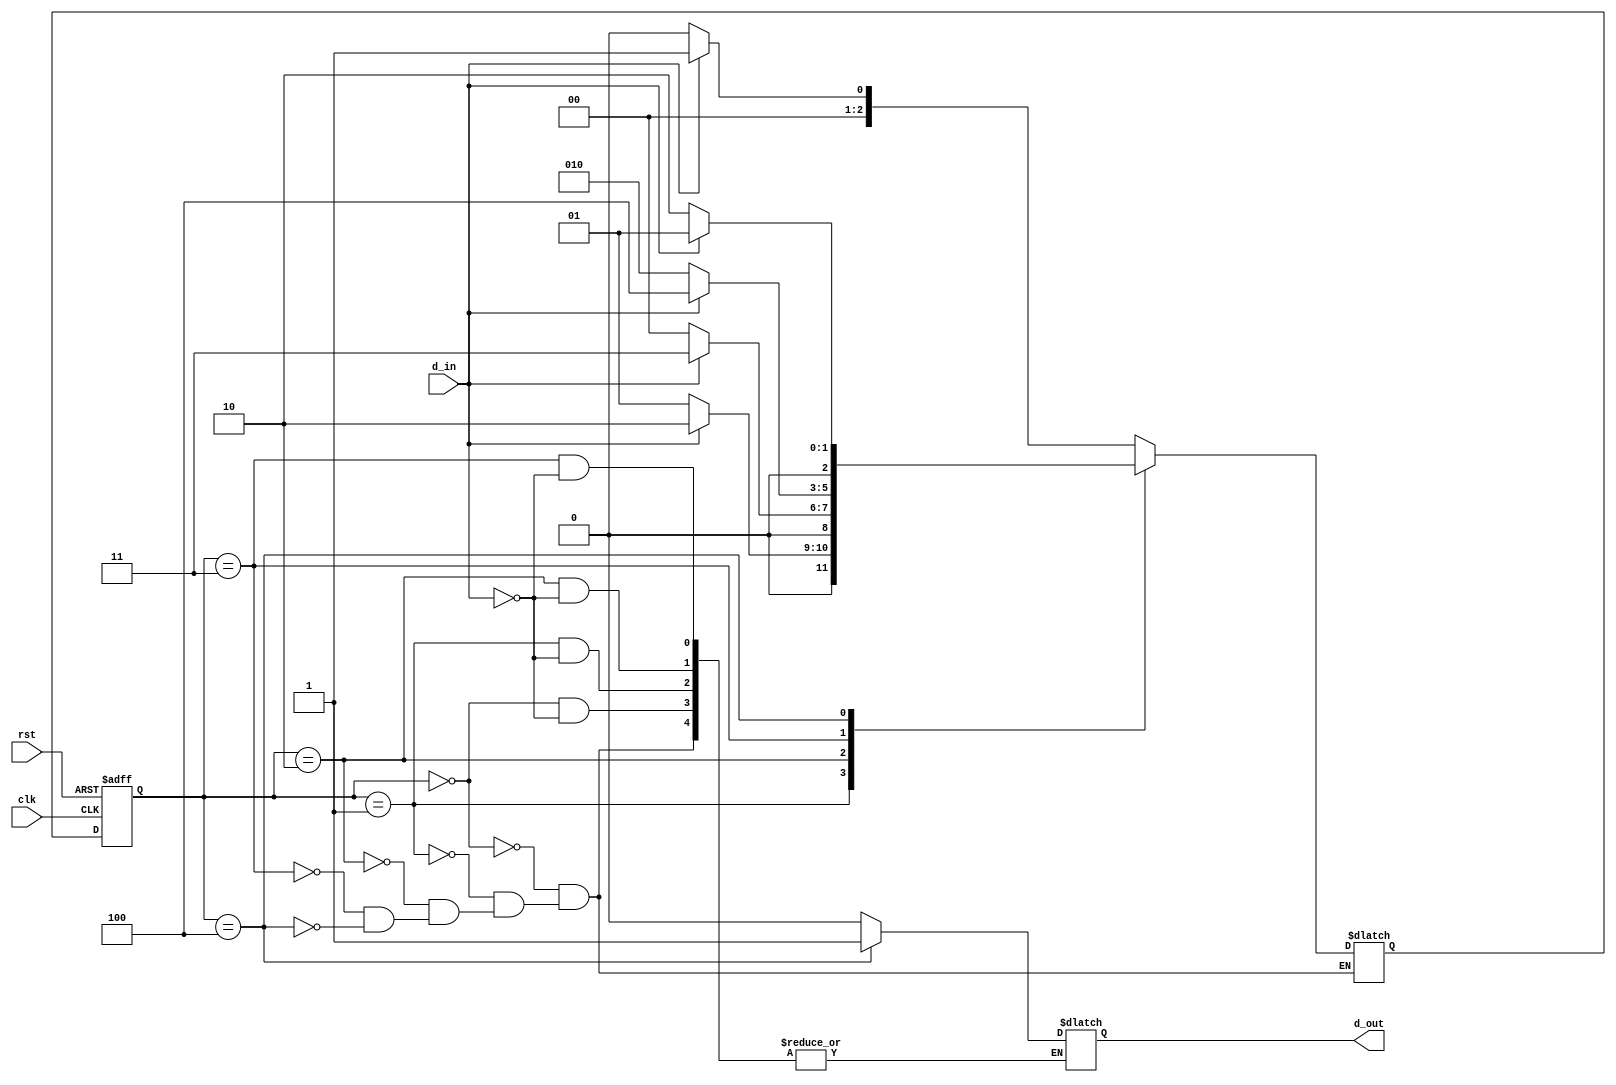
`timescale 1ns / 1ps

module moore(
  input d_in,
  input rst,
  input clk,
  output reg d_out
);
  parameter S0 = 3'b000;
  parameter S1 = 3'b001;
  parameter S2 = 3'b010;
  parameter S3 = 3'b011;
  parameter S4 = 3'b100;
  
  reg [2:0] ns, s;
  
  always @(posedge clk or posedge rst) begin
    if (rst) begin
      s <= S0;
    end else begin
      s <= ns;
    end
  end
  
  always @(s, d_in) begin
    case (s)
      S0: begin
        if (d_in) begin
          ns <= S1;
          d_out <= 0;
        end else begin
          ns <= S0;
        end
      end
      S1: begin
        if (d_in) begin
          ns <= S2;
          d_out <= 0;
        end else begin
          ns <= S1;
        end
      end
      S2: begin
        if (d_in) begin
          ns <= S3;
          d_out <= 0;
        end else begin
          ns <= S0;
        end
      end
      S3: begin
        if (d_in) begin
          ns <= S4;
          d_out <= 0;
        end else begin
          ns <= S2;
        end
      end
      S4: begin
        if (d_in) begin
          ns <= S1;
          d_out <= 1;
        end else begin
          ns <= S2;
          d_out<=1;
        end
      end
    endcase
  end
endmodule